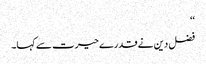
‘‘
فضل دین نے قدرے حیرت سے کہا۔